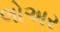
લોઅર